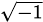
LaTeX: \scriptstyle{\sqrt{-1}}